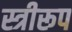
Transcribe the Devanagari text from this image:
स्त्रीरूप